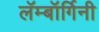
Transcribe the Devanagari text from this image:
लॅम्बॉर्गिनी